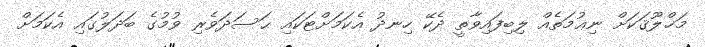
މަޚްލޫޤަކަށް ނިޢުމަތެއް ލިބިފައިވާތީ ދެކޭ ހިނދު އެކަމަށްޓަކައި ޙަސަދަވެރި ވުމުގެ ބަދަލުގައި އެކަމަށް